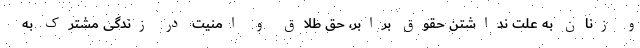
و زنان به علت نداشتن حقوق برابر، حق طلاق و امنیت در زندگی مشترک به